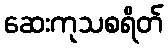
ဆေးကုသစရိတ်